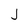
Character: j